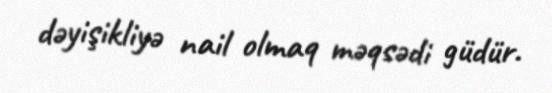
dəyişikliyə nail olmaq məqsədi güdür.